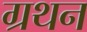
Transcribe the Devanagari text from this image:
ग्रथन